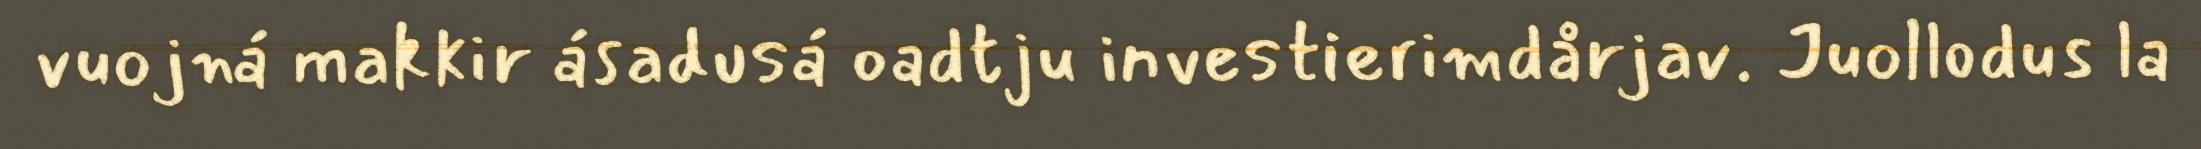
vuojná makkir ásadusá oadtju investierimdårjav. Juollodus la